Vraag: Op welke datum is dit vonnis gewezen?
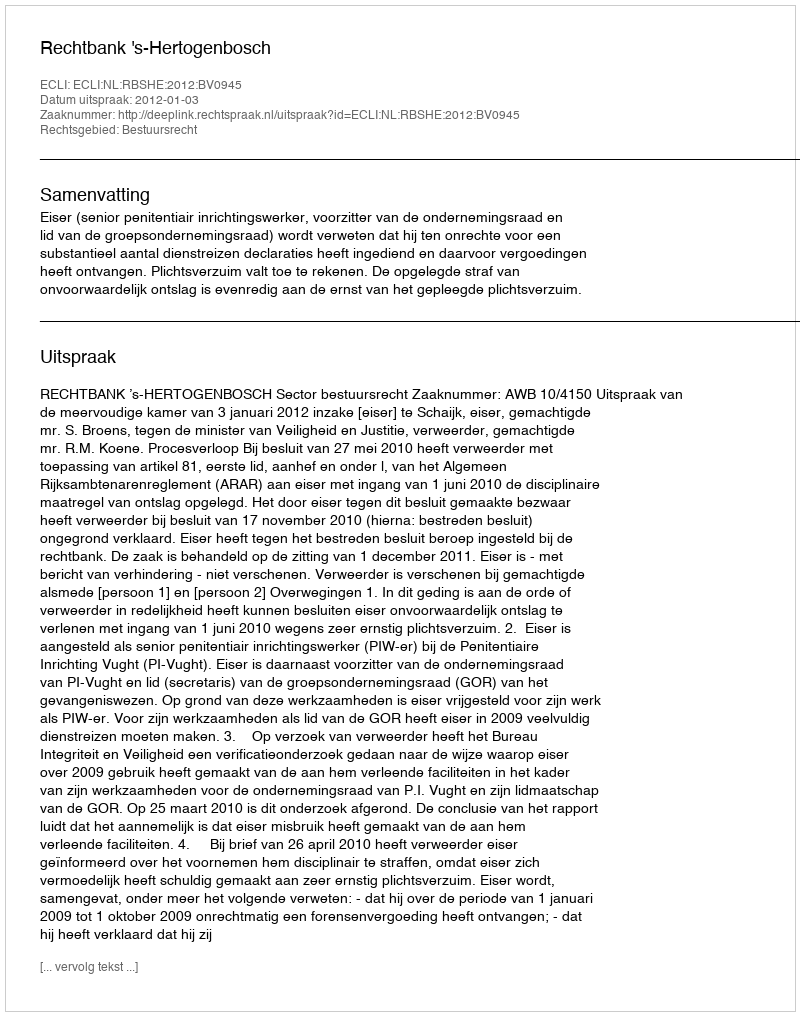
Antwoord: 2012-01-03